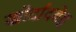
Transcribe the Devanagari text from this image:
खोर्दादबेह